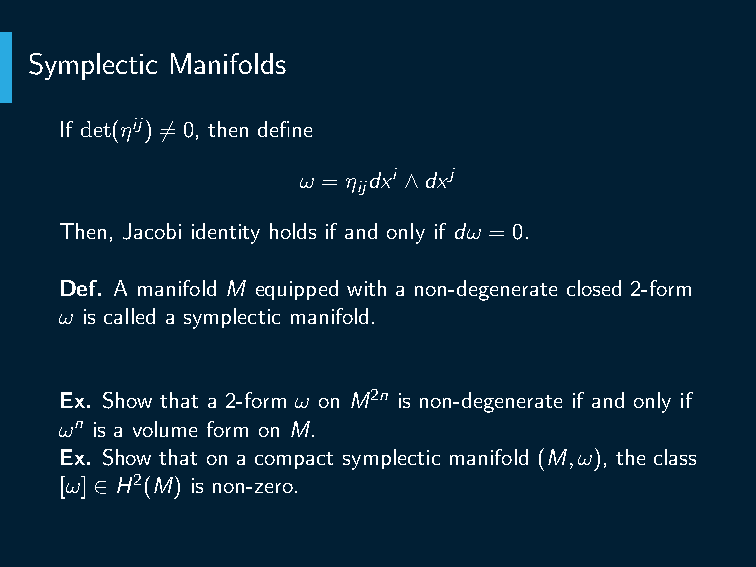
Symplectic Manifolds
 If det(ηij) ̸= 0, then define
 ω = η dxi ∧dxj
 ij
 Then, Jacobi identity holds if and only if dω = 0.
 Def. A manifold M equipped with a non-degenerate closed 2-form
 ω is called a symplectic manifold.
 Ex. Show that a 2-form ω on M2n is non-degenerate if and only if
 ωn is a volume form on M.
 Ex. Show that on a compact symplectic manifold (M,ω), the class
 [ω] ∈ H2(M) is non-zero.